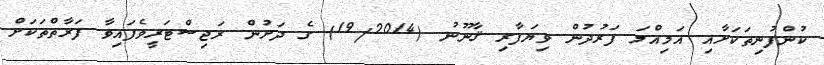
ކުންފުނިތަކަށާއި އަމިއްލަ ފަރުދުން ވިޔަފާރި ޤާނޫނު (19/2014) ގެ ދަށުން ރަޖިސްޓަރީވެފައިވާ ފަރާތްތަކަށް